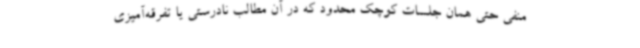
منفی حتی همان جلسات کوچک محدود که در آن مطالب نادرستی یا تفرقه‌آمیزی